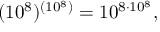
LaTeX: ( 1 0 ^ { 8 } ) ^ { ( 1 0 ^ { 8 } ) } = 1 0 ^ { 8 \cdot 1 0 ^ { 8 } } ,